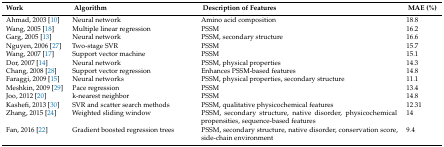
<table><thead><tr><td><b>Work</b></td><td><b>Algorithm</b></td><td><b>Description of Features</b></td><td><b>MAE (%)</b></td></tr></thead><tbody><tr><td>Ahmad, 2003 [10]</td><td>Neural network</td><td>Amino acid composition</td><td>18.8</td></tr><tr><td>Wang, 2005 [18]</td><td>Multiple linear regression</td><td>PSSM</td><td>16.2</td></tr><tr><td>Garg, 2005 [13]</td><td>Neural network</td><td>PSSM, secondary structure</td><td>16.6</td></tr><tr><td>Nguyen, 2006 [27]</td><td>Two-stage SVR</td><td>PSSM</td><td>15.7</td></tr><tr><td>Wang, 2007 [17]</td><td>Support vector machine</td><td>PSSM</td><td>15.1</td></tr><tr><td>Dor, 2007 [14]</td><td>Neural network</td><td>PSSM, physical properties</td><td>14.3</td></tr><tr><td>Chang, 2008 [28]</td><td>Support vector regression</td><td>Enhances PSSM-based features</td><td>14.8</td></tr><tr><td>Faraggi, 2009 [15]</td><td>Neural networks</td><td>PSSM, physical properties, secondary structure</td><td>11.1</td></tr><tr><td>Meshkin, 2009 [29]</td><td>Pace regression</td><td>PSSM</td><td>13.4</td></tr><tr><td>Joo, 2012 [20]</td><td>k-nearest neighbor</td><td>PSSM</td><td>14.8</td></tr><tr><td>Kashefi, 2013 [30]</td><td>SVR and scatter search methods</td><td>PSSM, qualitative physicochemical features</td><td>12.31</td></tr><tr><td>Zhang, 2015 [24]</td><td>Weighted sliding window</td><td>PSSM, secondary structure, native disorder, physicochemical propensities, sequence-based features</td><td>14</td></tr><tr><td>Fan, 2016 [22]</td><td>Gradient boosted regression trees</td><td>PSSM, secondary structure, native disorder, conservation score, side-chain environment</td><td>9.4</td></tr></tbody></table>